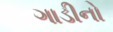
ગાડીનો